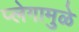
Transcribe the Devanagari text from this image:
प्लेगामुळे